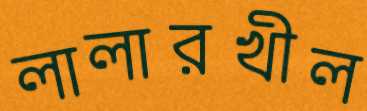
লালারখীল